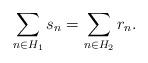
LaTeX: \begin{align*} \sum_{n\in H_1}s_n=\sum_{n\in H_2}r_n. \end{align*}